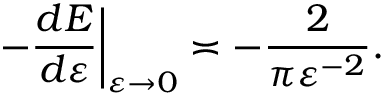
\left. - \frac { d { E } } { d { \varepsilon } } \right| _ { \varepsilon \to 0 } \asymp - \frac { 2 } { \pi \varepsilon ^ { - 2 } } .